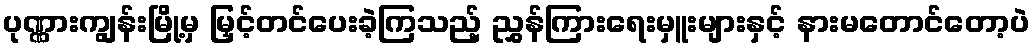
ပုဏ္ဏားကျွန်းမြို့မှ မြှင့်တင်ပေးခဲ့ကြသည့် ညွှန်ကြားရေးမှူးများနှင့် နားမတောင်တော့ပဲ